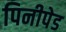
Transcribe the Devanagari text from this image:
पिनीपेड